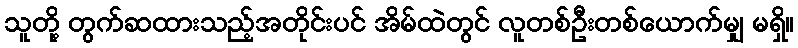
သူတို့ တွက်ဆထားသည့်အတိုင်းပင် အိမ်ထဲတွင် လူတစ်ဦးတစ်ယောက်မျှ မရှိ။